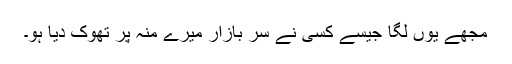
مجھے یوں لگا جیسے کسی نے سرِ بازار میرے منہ پر تھوک دیا ہو۔